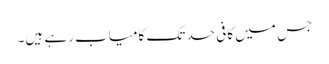
جس میں کافی حد تک کامیاب رہے ہیں۔